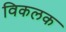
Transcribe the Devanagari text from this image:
विकलक